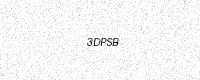
Text: 3DPSB